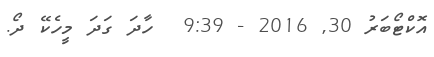
އޮކްޓޯބަރު 30